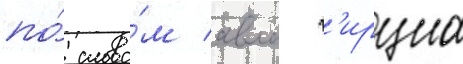
по́ слова́м авла г'ирциа